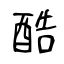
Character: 酷